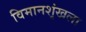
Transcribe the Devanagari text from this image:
विमानशृंखला